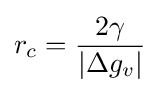
r_{c}={\frac {2\gamma }{|\Delta g_{v}|}}